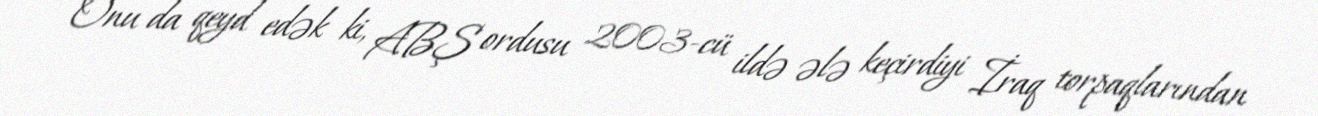
Onu da qeyd edək ki, ABŞ ordusu 2003-cü ildə ələ keçirdiyi İraq torpaqlarından